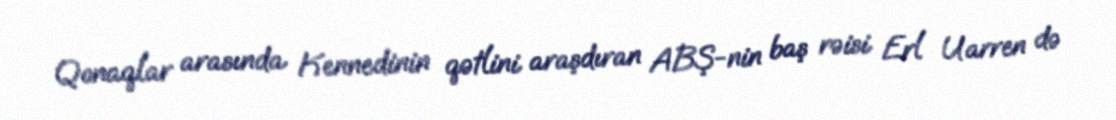
Qonaqlar arasında Kennedinin qətlini araşdıran ABŞ-nin baş rəisi Erl Uarren də